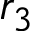
r _ { 3 }